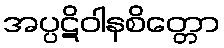
အပ္ပဋိဝါနစိတ္တော